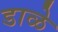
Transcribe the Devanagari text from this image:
डाळे